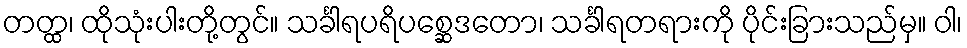
တတ္ထ၊ ထိုသုံးပါးတို့တွင်။ သင်္ခါရပရိပစ္ဆေဒတော၊ သင်္ခါရတရားကို ပိုင်းခြားသည်မှ။ ဝါ၊